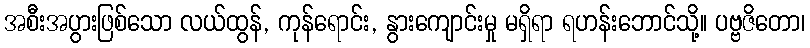
အစီးအပွားဖြစ်သော လယ်ထွန်, ကုန်ရောင်း, နွားကျောင်းမှု မရှိရာ ရဟန်းဘောင်သို့။ ပဗ္ဗဇိတော၊